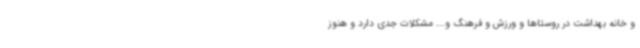
و خانه بهداشت در روستاها و ورزش و فرهنگ و... مشکلات جدی دارد و هنوز